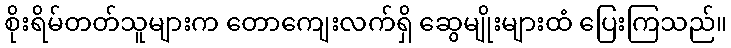
စိုးရိမ်တတ်သူများက တောကျေးလက်ရှိ ဆွေမျိုးများထံ ပြေးကြသည်။